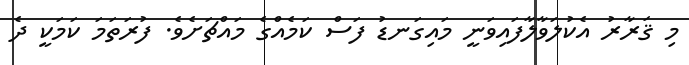
މި ޤަރާރު އެކުލަވާލާފައިވަނީ މައިގަނޑު ފަސް ކަމެއްގެ މައްޗަށެވެ. ފުރަތަމަ ކަމަކީ ދެ